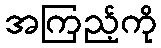
အကြည့်ကို